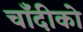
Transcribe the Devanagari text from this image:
चाँदीको